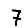
Digit: 7